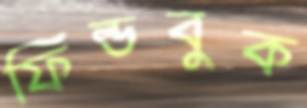
ফিল্ডবুক